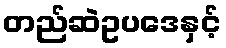
တည်ဆဲဥပဒေနှင့်